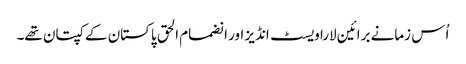
اُس زمانے برائین لارا ویسٹ انڈیز اور انضمام الحق پاکستان کے کپتان تھے۔